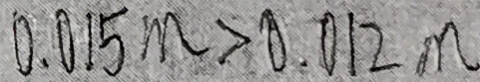
0 . 0 1 5 m > 0 . 0 1 2 m